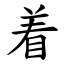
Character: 着